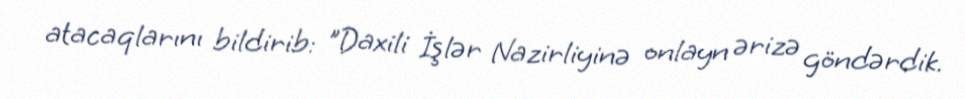
atacaqlarını bildirib: "Daxili İşlər Nazirliyinə onlayn ərizə göndərdik.